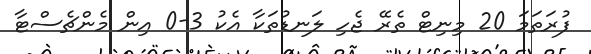
ފުރަތަމަ 20 މިނިޓް ތެރޭ ޖެހި ލަނޑުތަކާ އެކު 3-0 އިން މެންޗެސްޓާ